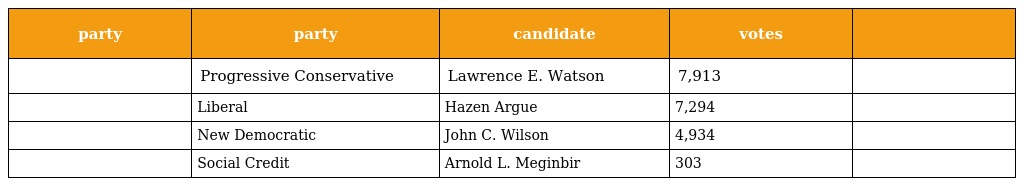
| party | party | candidate | votes |  |
 | --- | --- | --- | --- | --- |
 |  | Progressive Conservative | Lawrence E. Watson | 7,913 |  |
 |  | Liberal | Hazen Argue | 7,294 |  |
 |  | New Democratic | John C. Wilson | 4,934 |  |
 |  | Social Credit | Arnold L. Meginbir | 303 |  |